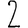
Digit: 2